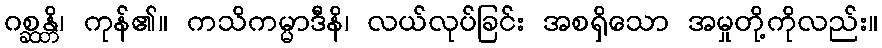
ဂစ္ဆန္တိ၊ ကုန်၏။ ကသိကမ္မာဒီနိ၊ လယ်လုပ်ခြင်း အစရှိသော အမှုတို့ကိုလည်း။